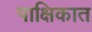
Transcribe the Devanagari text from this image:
पाक्षिकात